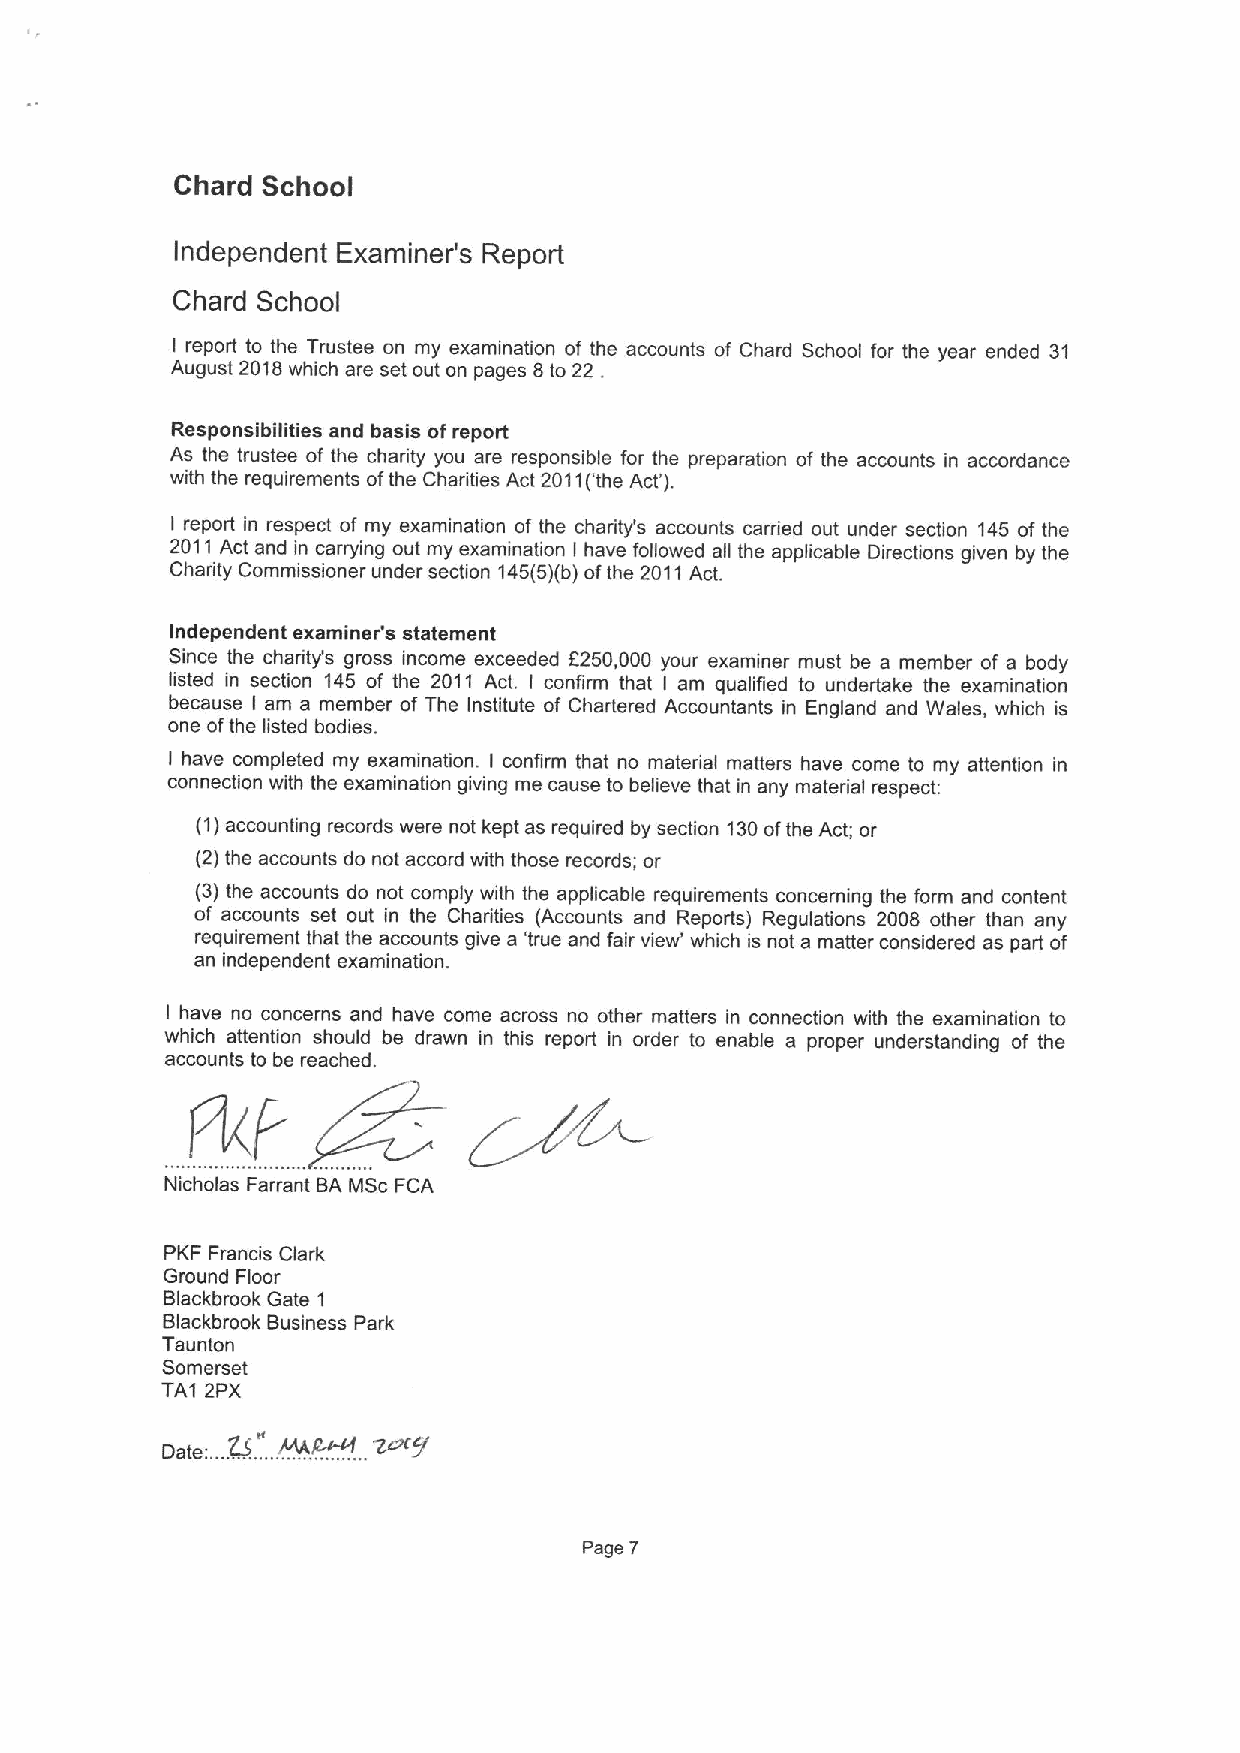
Chard School
 Independent Examiner's Report
 Chard School
 I report to the Trustee on my examination of the accounts of Chard School for the year ended 31
 August 2018which are set out on pages 8to 22 .
 Responsibilities and basis ofreport
 As the trustee of the charity you are responsible for the preparation of the accounts in accordance
 with the requirements ofthe Charities Act 2011('the Act').
 I report in respect of my examination of the charity's accounts carried out under section 145 of the
 2011 Act and in carrying out my examination I have followed all the applicable Directions given by the
 Charity Commissioner under section 145(5)(b)ofthe 2011Act.
 Independent examiner's statement
 Since the charity's gross income exceeded f250,000 your examiner must be a member of a body
 listed in section 145 of the 2011 Act. I confirm that I am qualified to undertake the examination
 because I am a member of The Institute of Chartered Accountants in England and Wales, which is
 one ofthe listed bodies.
 I have completed my examination. I confirm that no material matters have come to my attention in
 connection with the examination giving me cause to believe that in any material respect:
 (1)accounting records were not kept as required by section 130ofthe Act; or
 (2)the accounts do not accord with those records; or
 (3)the accounts do not comply with the applicable requirements concerning the form and content
 of accounts set out in the Charities (Accounts and Reports) Regulations 2008 other than any
 requirement that the accounts give a 'true and fair view' which is not a matter considered as part of
 an independent examination.
 I have no concerns and have come across no other matters in connection with the examination to
 which attention should be drawn in this report in order to enable a proper understanding of the
 accounts to be reached.
 Nicholas Farrant BA MSc FCA
 PKF Francis Clark
 Ground Floor
 Blackbrook Gate 1
 Blackbrook Business Park
 Taunton
 Somerset
 TA1 2PX
 ~.
 Date:...Q.
 ....A(A.
 .2 '~
 Page 7